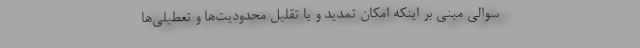
سوالی مبنی بر اینکه امکان تمدید و یا تقلیل محدودیت‌ها و تعطیلی‌ها